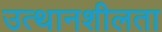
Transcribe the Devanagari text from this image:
उत्थानशीलता